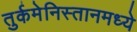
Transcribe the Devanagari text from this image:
तुर्कमेनिस्तानमध्ये